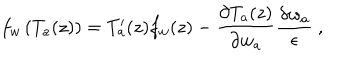
f _ { w } \left( T _ { a } ( z ) \right) = T _ { a } ^ { \prime } ( z ) f _ { w } ( z ) - \frac { \partial T _ { a } ( z ) } { \partial w _ { a } } \frac { \delta w _ { a } } { \epsilon } \ ,